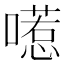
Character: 㘃